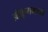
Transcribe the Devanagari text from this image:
ऑक्रूगमध्ये